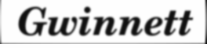
Gwinnett